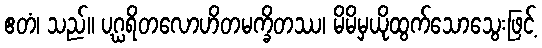
ဧတံ၊ သည်။ ပဂ္ဃရိတလောဟိတမက္ခိတဿ၊ မိမိမှယိုထွက်သောသွေးဖြင့်